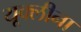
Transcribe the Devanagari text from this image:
यूक्लीना